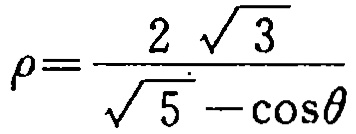
\(\rho=\frac{2\sqrt{3}}{\sqrt{5}-\cos\theta}\)